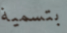
بتسمية